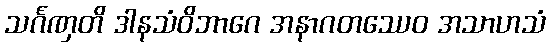
သင်္ဂဏှတိ ဒါနသံဝိဘာဂေ အနာဂတဿေဝ အသာဟသံ